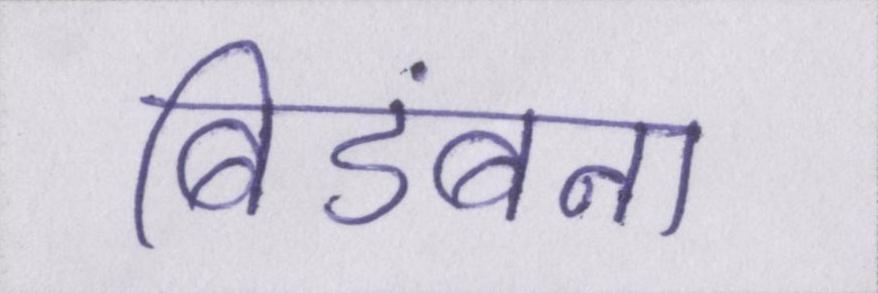
बिडंबना